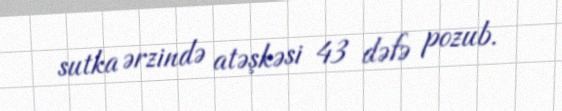
sutka ərzində atəşkəsi 43 dəfə pozub.